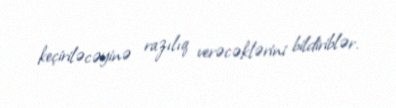
keçiriləcəyinə razılıq verəcəklərini bildiriblər.